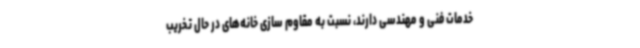
خدمات فنی و مهندسی دارند، نسبت به مقاوم سازی خانه‌های در حال تخریب